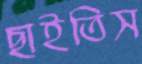
ছাইতিস